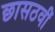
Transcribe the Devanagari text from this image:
छासठवीं